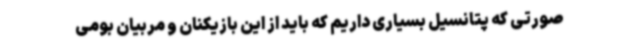
صورتی که پتانسیل بسیاری داریم که باید از این بازیکنان و مربیان بومی